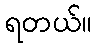
ရတယ်။